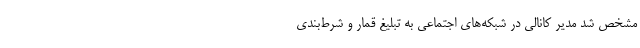
مشخص شد مدیر کانالی در شبکه‌های اجتماعی به تبلیغ قمار و شرط‌بندی